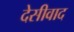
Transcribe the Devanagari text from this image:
देसीवाद